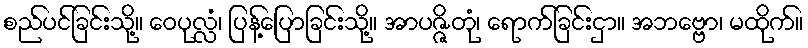
စည်ပင်ခြင်းသို့။ ဝေပုလ္လံ၊ ပြန့်ပြောခြင်းသို့။ အာပဇ္ဇိတုံ၊ ရောက်ခြင်းငှာ။ အဘဗ္ဗော၊ မထိုက်။